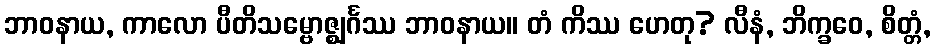
ဘာဝနာယ, ကာလော ပီတိသမ္ဗောဇ္ဈင်္ဂဿ ဘာဝနာယ။ တံ ကိဿ ဟေတု? လီနံ, ဘိက္ခဝေ, စိတ္တံ,